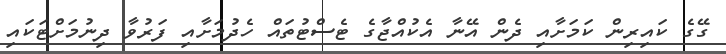
ގޭގެ ކައިރިން ކަމަށާއި ދެން އޭނާ އެކުއްޖާގެ ޓެސްޓުތައް ހެދުމަށާއި ފަރުވާ ދިނުމަށްޓަކައި